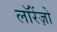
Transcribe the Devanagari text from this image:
लॉरेंज़ो